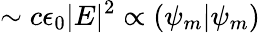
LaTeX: \sim c\epsilon_{0}|E|^{2}\propto(\psi_{m}|\psi_{m})